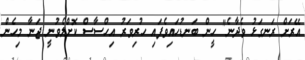
އޭރަށް ރަނގަޅު ވެދާނެ" ހީން ބަނޑުހައިވެފައި ހުރިވަރު އިހްސާސް ކޮށްލެވުނީ ޖަނާ މިހެން